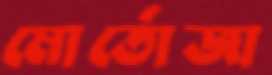
মোর্তোজা